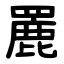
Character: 䍡